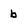
Character: b